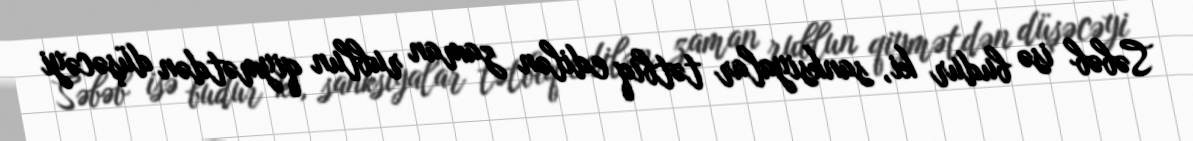
Səbəb isə budur ki, sanksiyalar tətbiq edilən zaman rublun qiymətdən düşəcəyi